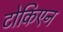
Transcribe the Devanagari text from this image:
टोकिएन